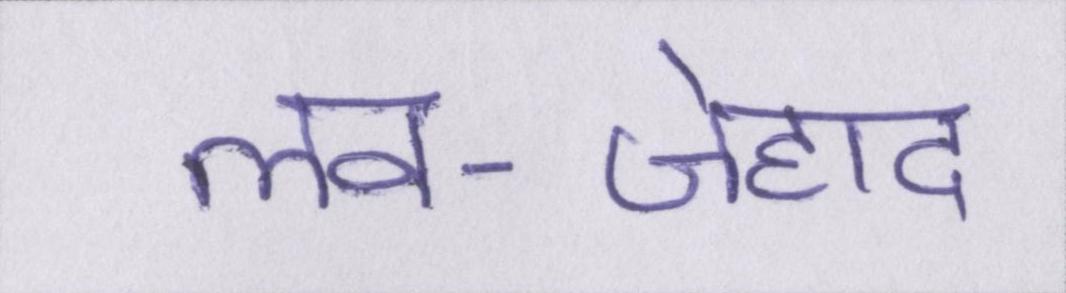
लव-जेहाद